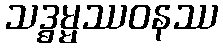
သဒ္ဓမ္မဿဝနဿ